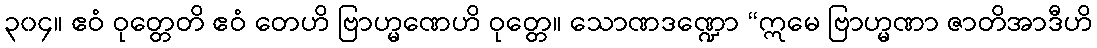
၃၀၄။ ဧဝံ ဝုတ္တေတိ ဧဝံ တေဟိ ဗြာဟ္မဏေဟိ ဝုတ္တေ။ သောဏဒဏ္ဍော “ဣမေ ဗြာဟ္မဏာ ဇာတိအာဒီဟိ